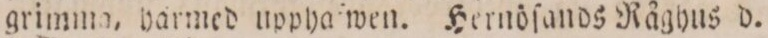
grimma, härmed uppha wen. Hernöſands Råghus d.